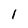
Character: 1